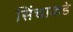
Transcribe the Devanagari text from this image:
सिंचाकडे